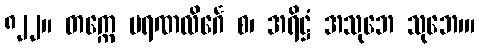
၈၂၂။ တက္ကေ မရဏလိင်္ဂေ စ၊ အရိဋ္ဌံ အသုဘေ သုဘေ၊။